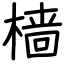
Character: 樯